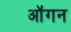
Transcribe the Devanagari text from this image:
ऑगन